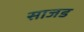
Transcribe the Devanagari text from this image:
साजड